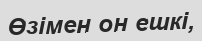
Өзімен он ешкі,